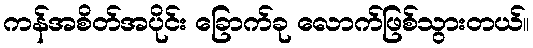
ကန်အစိတ်အပိုင်း ခြောက်ခု လောက်ဖြစ်သွားတယ်။